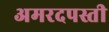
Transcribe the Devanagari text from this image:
अमरदपस्ती